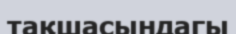
тақшасындагы